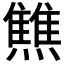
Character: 𤒏